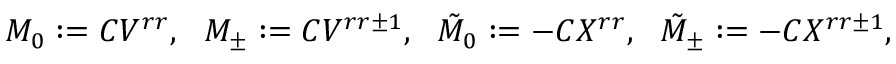
M _ { 0 } : = C V ^ { r r } , \ \ M _ { \pm } : = C V ^ { r r \pm 1 } , \ \ { \tilde { M } } _ { 0 } : = - C X ^ { r r } , \ \ { \tilde { M } } _ { \pm } : = - C X ^ { r r \pm 1 } ,